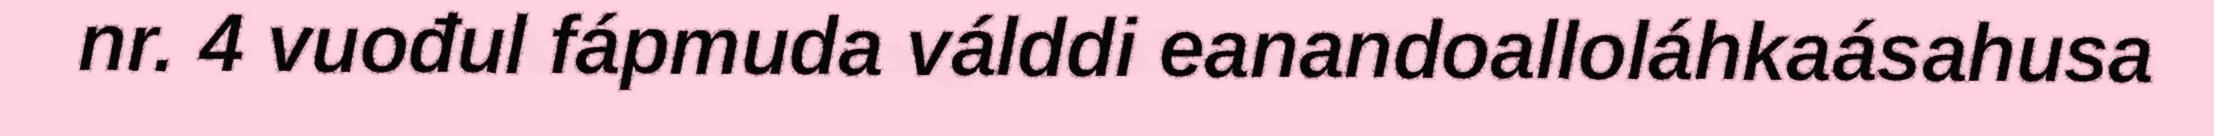
nr. 4 vuođul fápmuda válddi eanandoalloláhkaásahusa